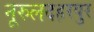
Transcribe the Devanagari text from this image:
नूरुलदहरपुर